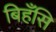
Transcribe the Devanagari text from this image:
बिहँसि